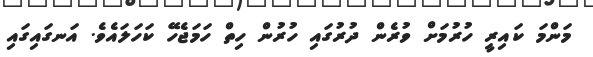
މަންމަ ކައިރީ ހުރުމަށް ވުރެން ދުރުގައި ހުރުން ހިތް ހަމަޖެހޭ ކަހަލައެވެ. އަނގައިގައި